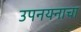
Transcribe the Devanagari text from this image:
उपनयनाचा